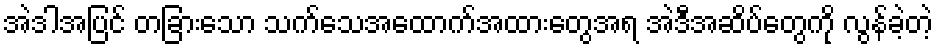
အဲဒါအပြင် တခြားသော သက်သေအထောက်အထားတွေအရ အဲဒီအဆိပ်တွေကို လွန်ခဲ့တဲ့